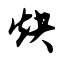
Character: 炔